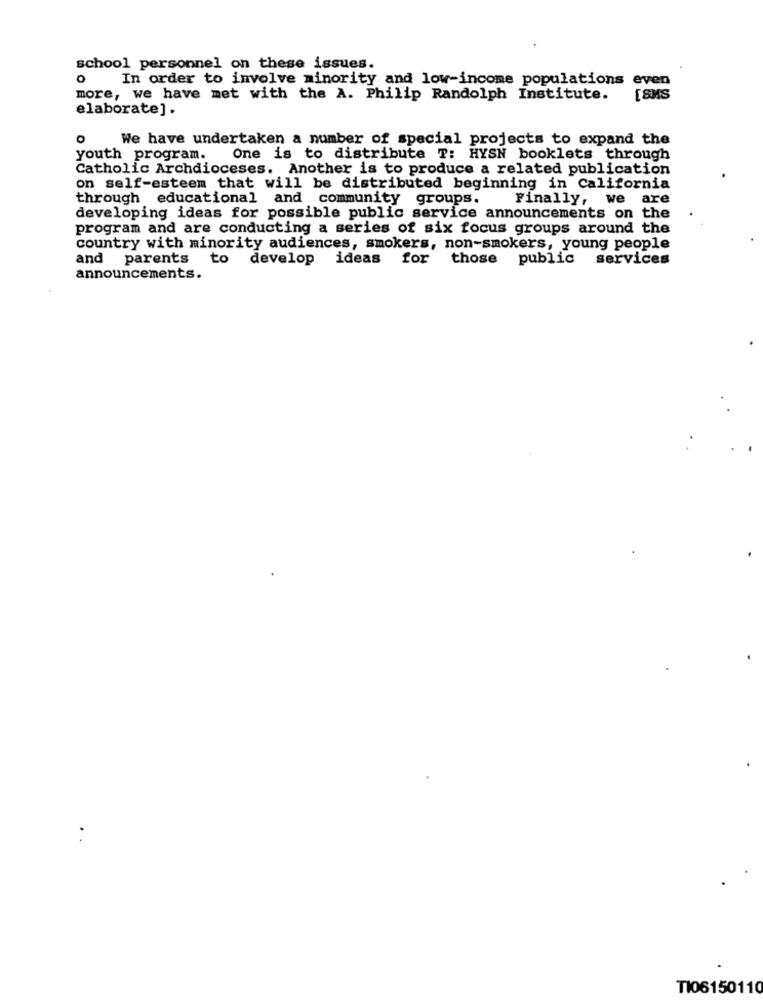
school personnel on these issues.
O
In order to involve minority and low-income populations even
more, we have met with the A. Philip Randolph Institute.
elaborate].
We have undertaken a number of special projects to expand the
youth program.
One is to distribute T: HYSN booklets through
Catholic Archdioceses. Another is to produce a related publication
on self-esteem that will be distributed beginning in California
through educational and community groups.
Finally, we are
developing ideas for possible public service announcements on the
program and are conducting a series of six focus groups around the
country with minority audiences, smokers, non-smokers, young people
and parents to develop ideas for
those public services
announcements.
TI06150110